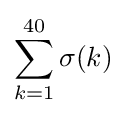
\sum _{k=1}^{40}\sigma (k)